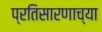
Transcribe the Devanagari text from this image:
प्रतिसारणाच्या